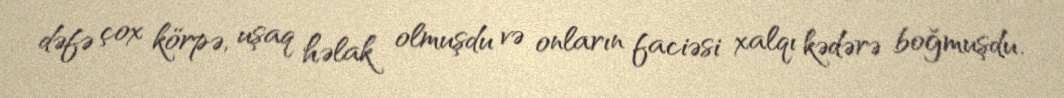
dəfə çox körpə, uşaq həlak olmuşdu və onların faciəsi xalqı kədərə boğmuşdu.